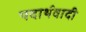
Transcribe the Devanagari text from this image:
पदार्थवादी